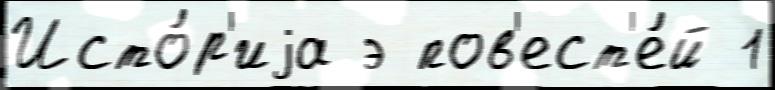
Исто́р'иjа э пов'ест'е́й 1